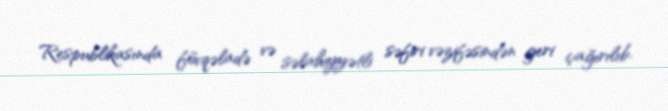
Respublikasında fövqəladə və səlahiyyətli səfiri vəzifəsindən geri çağırılıb.